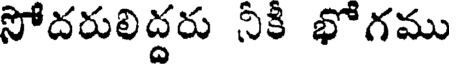
సోదరులిద్దరు నికి భోగము